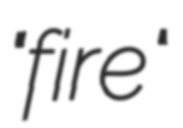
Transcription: "fire"